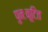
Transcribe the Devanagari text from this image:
पुनःकूटित